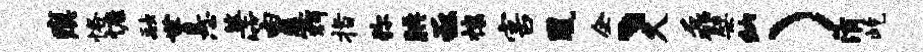
瘼恪慷融世悬婆笛屡辉指弥腆亟攘害凰企、久磊檗纳）消屹